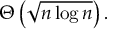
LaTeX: \Theta \left( { \sqrt { n \log n } } \right) .